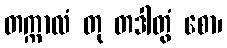
တက္ကာလံ တု တဒါတွံ စော၊